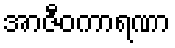
အာဇီဝကာရဏာ